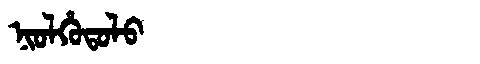
Manchu: ᠨᡳᠣᠯᡥᡠᡨᠣᠯᠣ
Romanization: NIOLHUTOLO